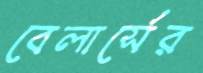
বেলার্সের